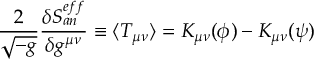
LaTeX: T ( \lambda , x ) = P \exp ( \int ^ { x } L ( \lambda , y ) d y ) ,